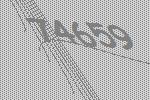
74659